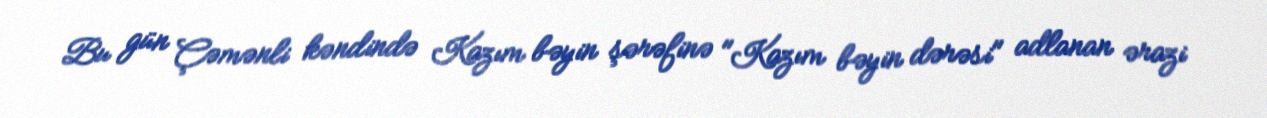
Bu gün Çəmənli kəndində Kazım bəyin şərəfinə "Kazım bəyin dərəsi" adlanan ərazi